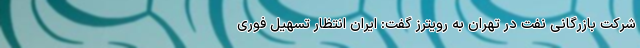
شرکت بازرگانی نفت در تهران به رویترز گفت: ایران انتظار تسهیل فوری